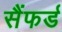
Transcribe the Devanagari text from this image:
सैंफर्ड